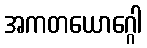
အကတယောဂ္ဂေါ